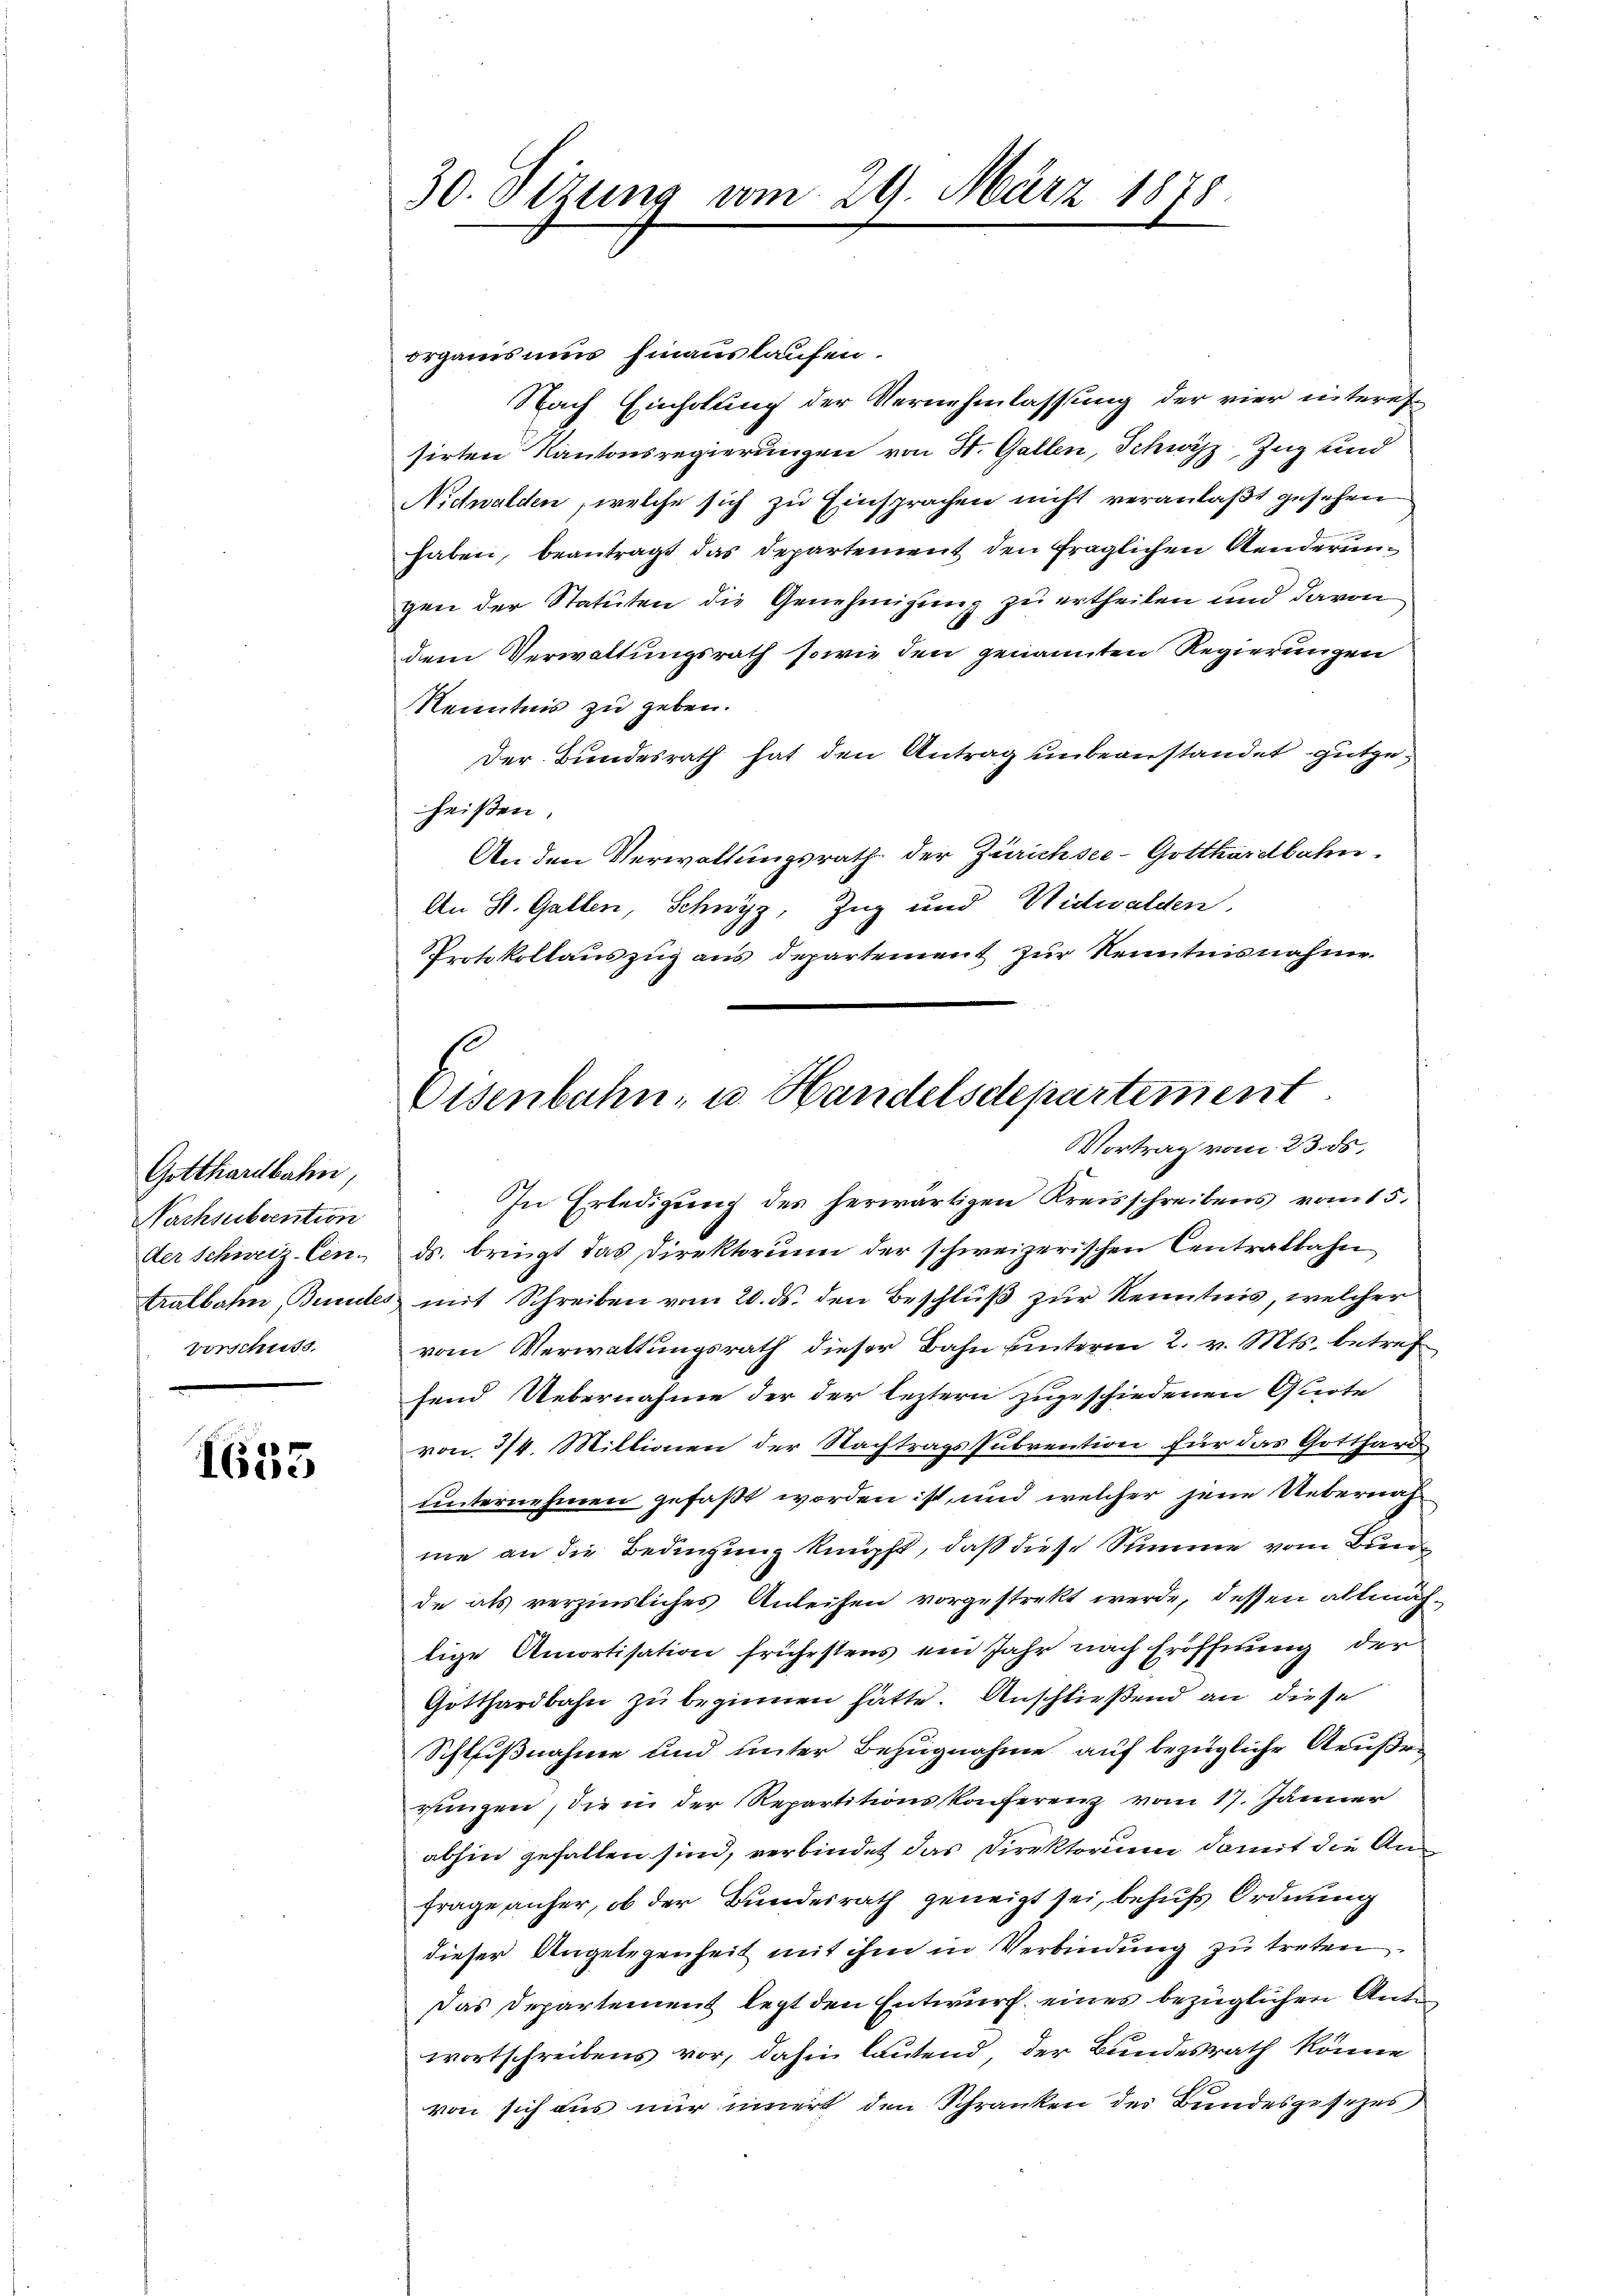
Gotthardbahn,
Nachsubvention
vorschuss.

1635

30. Sizung vom 29. März 1878.

Eisenbahn- u. Handelsdepartement.
Vortrag vom 23. ds.

organis nur hinauslaufen.
Nach Einholung der Vernehmlassung der vier interes
sirten Kantonsregierungen von St. Gallen, Schwyz, Zug und
Nidwalden, welche sich zu Einsprachen nicht veranlaßt gesehen
haben, beantragt das Departement den fraglichen Aenderungen der Statuten die Genehmigung zu ertheilen und davon
dem Verwaltungsrath sowie den genannten Regierungen
Kenntnis zu geben.
Der Bundesrath hat den Antrag unbeanstandet gutgeheißen.
An den Verwaltungsrath der Zürichsee-Gotthardbahn.
An St. Gallen, Schwyz, Zug und Nidwalden,
Protokollauszug aus departement zŭr Nenntnisnahme.
In Erledigung des herwärtigen Kreisschreibens vom 15.
der schweiz. Cen- ds. bringt das Direktorium der schweizerischen Centralbahn
tralbahn, Benutes mit Schreiben vom 20. ds. den Beschlŭβ zŭr Kenntnis, welcher
vom Verwaltungsrath dieser Bahn unterm 2. v. Mts. betreffend Uebernahme der der leztern zugeschiedenen Gleite
von 3/4. Millionen der Nachtrags subrention für das Gotthard
unternehmen gefaßt worden ist, und welcher jene Uebernahme an die Bedingung knüpft, daß diese Summe vom Bunde als verzinsliches Anleihen vorgestrekt werde, dessen allmächlige Amortisation frühestens ein Jahr nach Eröffnung der
Gotthardbahn zu beginnen hätte. Anschließend an diese
Schlußnahme und unter Bezugnahme auf bezügliche Aeußen
rungen, die in der Repartitionskonferenz vom 17. Jänner
abhin gefallen sind, verbindet das Direktorium damit die An-
frage anher, ob der Bundesrath geneigt sei, behufs Ordnung
dieser Angelegenheit mit ihm in Verbindung zu treten.
Das Departement legt den Entwurf eines bezüglichen Ante
wortschreibens vor, dahin lautend, der Bundesrath könne
von sich aus nur innert den Schranken des Bundesgesezes